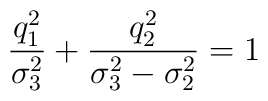
\frac{q_1^2}{\sigma_3^2}+\frac{q_2^2}{\sigma_3^2-\sigma_2^2}=1